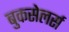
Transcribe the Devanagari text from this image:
बुकसेलर्स